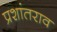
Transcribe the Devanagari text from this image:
प्रशांतराव